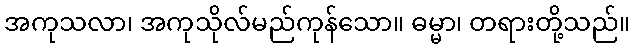
အကုသလာ၊ အကုသိုလ်မည်ကုန်သော။ ဓမ္မာ၊ တရားတို့သည်။